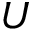
U